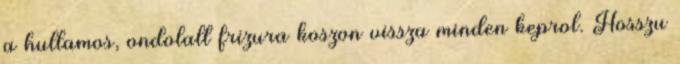
a hullamos, ondolalt frizura koszon vissza minden keprol. Hosszu